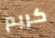
كريم